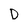
Character: D